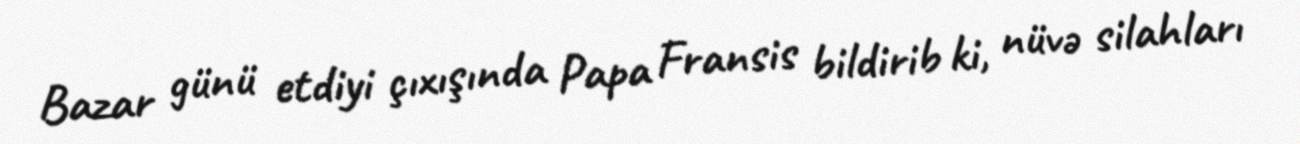
Bazar günü etdiyi çıxışında Papa Fransis bildirib ki, nüvə silahları